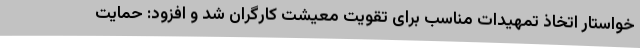
خواستار اتخاذ تمهیدات مناسب برای تقویت معیشت کارگران شد و افزود: حمایت